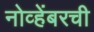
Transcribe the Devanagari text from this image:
नोव्हेंबरची